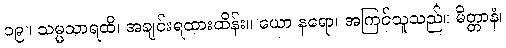
၁၉။ သမ္မသာရထိ၊ အချင်းရထားထိန်း။ ယော နရော၊ အကြင်သူသည်။ မိတ္တာနံ၊